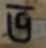
ভ